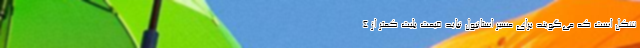
شکل است که می‌گویند برای مسیر استانبول نباید قیمت بلیت کمتر از ۴